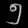
Digit: ၅